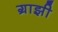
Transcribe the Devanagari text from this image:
ग्राझी